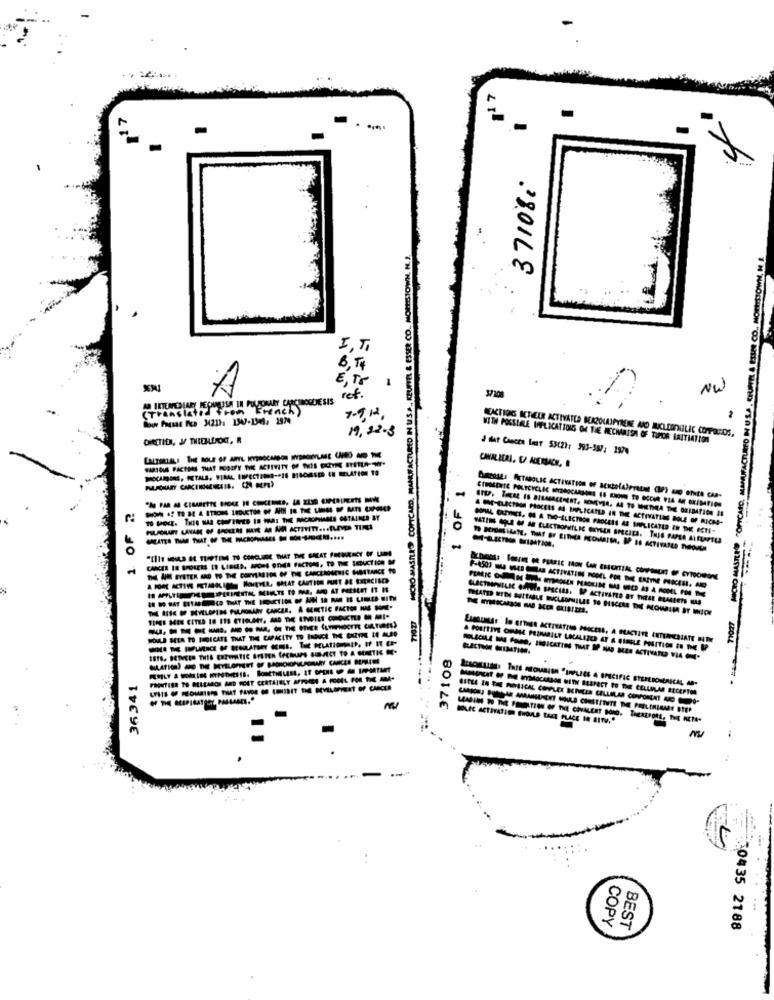
37108:
MICRO MASILED COPTCARD, MANRWFACTURED IN USA ., KEUFFEL & ESSER CO. MORTSTOWN, M. 2.
IT
B. T4
E,Tr 1
NW
AR INTERMEDIARY PECHUMARISA IN PULSORARY CARCIBOGDRESIS
ref .
(Translated from French)
7-9, 12,
2
19,22-3
WITH POSSIBLE IMPLICATIONS ON THE MECHRISH OF TUMOR LAITIATION
d dat Cascen Lost 53(2): 393-587; 1974
PROCURO, PETALS, VIRAL INFECTIONS -- 18 18CASE IN RELATION 10
1 OF 1
1 OF 2
& OM-ELECTRO PROCESS AS PHPLICATED IN DICE ACTIVATING BOLE OF MICHA-
MOULE SEA TO INDICATE THAT THE CAPACITY TO INDUCE THE EARTHE LE ALSO
37108
A POSITIVE ORALE PRIMARILY LOCALIZED AT A SINGLE POSITION IN THE IP
36341
SITES IN THE PASICAL COMPLEX SEINEES CELLULAR COMPONENT ARO-
BOLEC ACTIVATION SHOULD TAKE PLACE IN SITU."
m
COPY
BEST
30435 2188